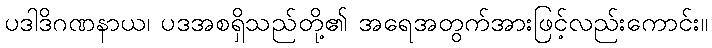
ပဒါဒိဂဏနာယ၊ ပဒအစရှိသည်တို့၏ အရေအတွက်အားဖြင့်လည်းကောင်း။